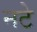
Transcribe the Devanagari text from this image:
नटे